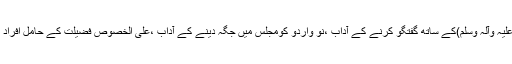
مثال کے طورپر سلام کرنے کے آداب ،دعوتِ طعام کے آداب ،پیغمبر (صلی اللہ علیہ وآلہ وسلم)کے ساتھ گفتگو کرنے کے آدابِ ،نو واردو کومجلس میں جگہ دینے کے آداب ،علی الخصوص فضیلت کے حامل افراد اورایمان کی طرف سبقت کرنے والے افراد کومجلس میں جگہ دینے کے آداب(٩) ۔